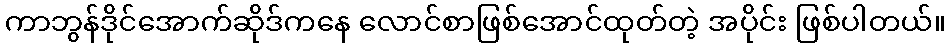
ကာဘွန်ဒိုင်အောက်ဆိုဒ်ကနေ လောင်စာဖြစ်အောင်ထုတ်တဲ့ အပိုင်း ဖြစ်ပါတယ်။